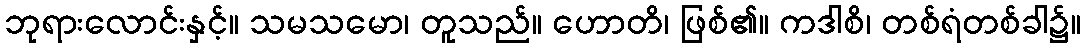
ဘုရားလောင်းနှင့်။ သမသမော၊ တူသည်။ ဟောတိ၊ ဖြစ်၏။ ကဒါစိ၊ တစ်ရံတစ်ခါ၌။